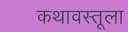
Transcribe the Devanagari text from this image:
कथावस्तूला